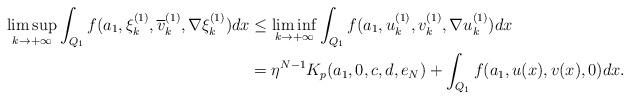
LaTeX: \begin{align*}\limsup_{k\to +\infty}\int_{Q_1}f(a_1, \xi_k^{(1)}, \overline{v}_k^{(1)},\nabla \xi_k^{(1)})dx &\leq \liminf_{k \to +\infty}\int_{Q_1}f(a_1, u_k^{(1)}, v_k^{(1)},\nabla u_k^{(1)})dx\\&=\eta^{N-1}K_p(a_1,0,c,d,e_N)+\int_{Q_1}f(a_1, u(x), v(x),0)dx. \end{align*}